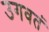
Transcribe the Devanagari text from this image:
उगवतं